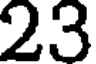
23